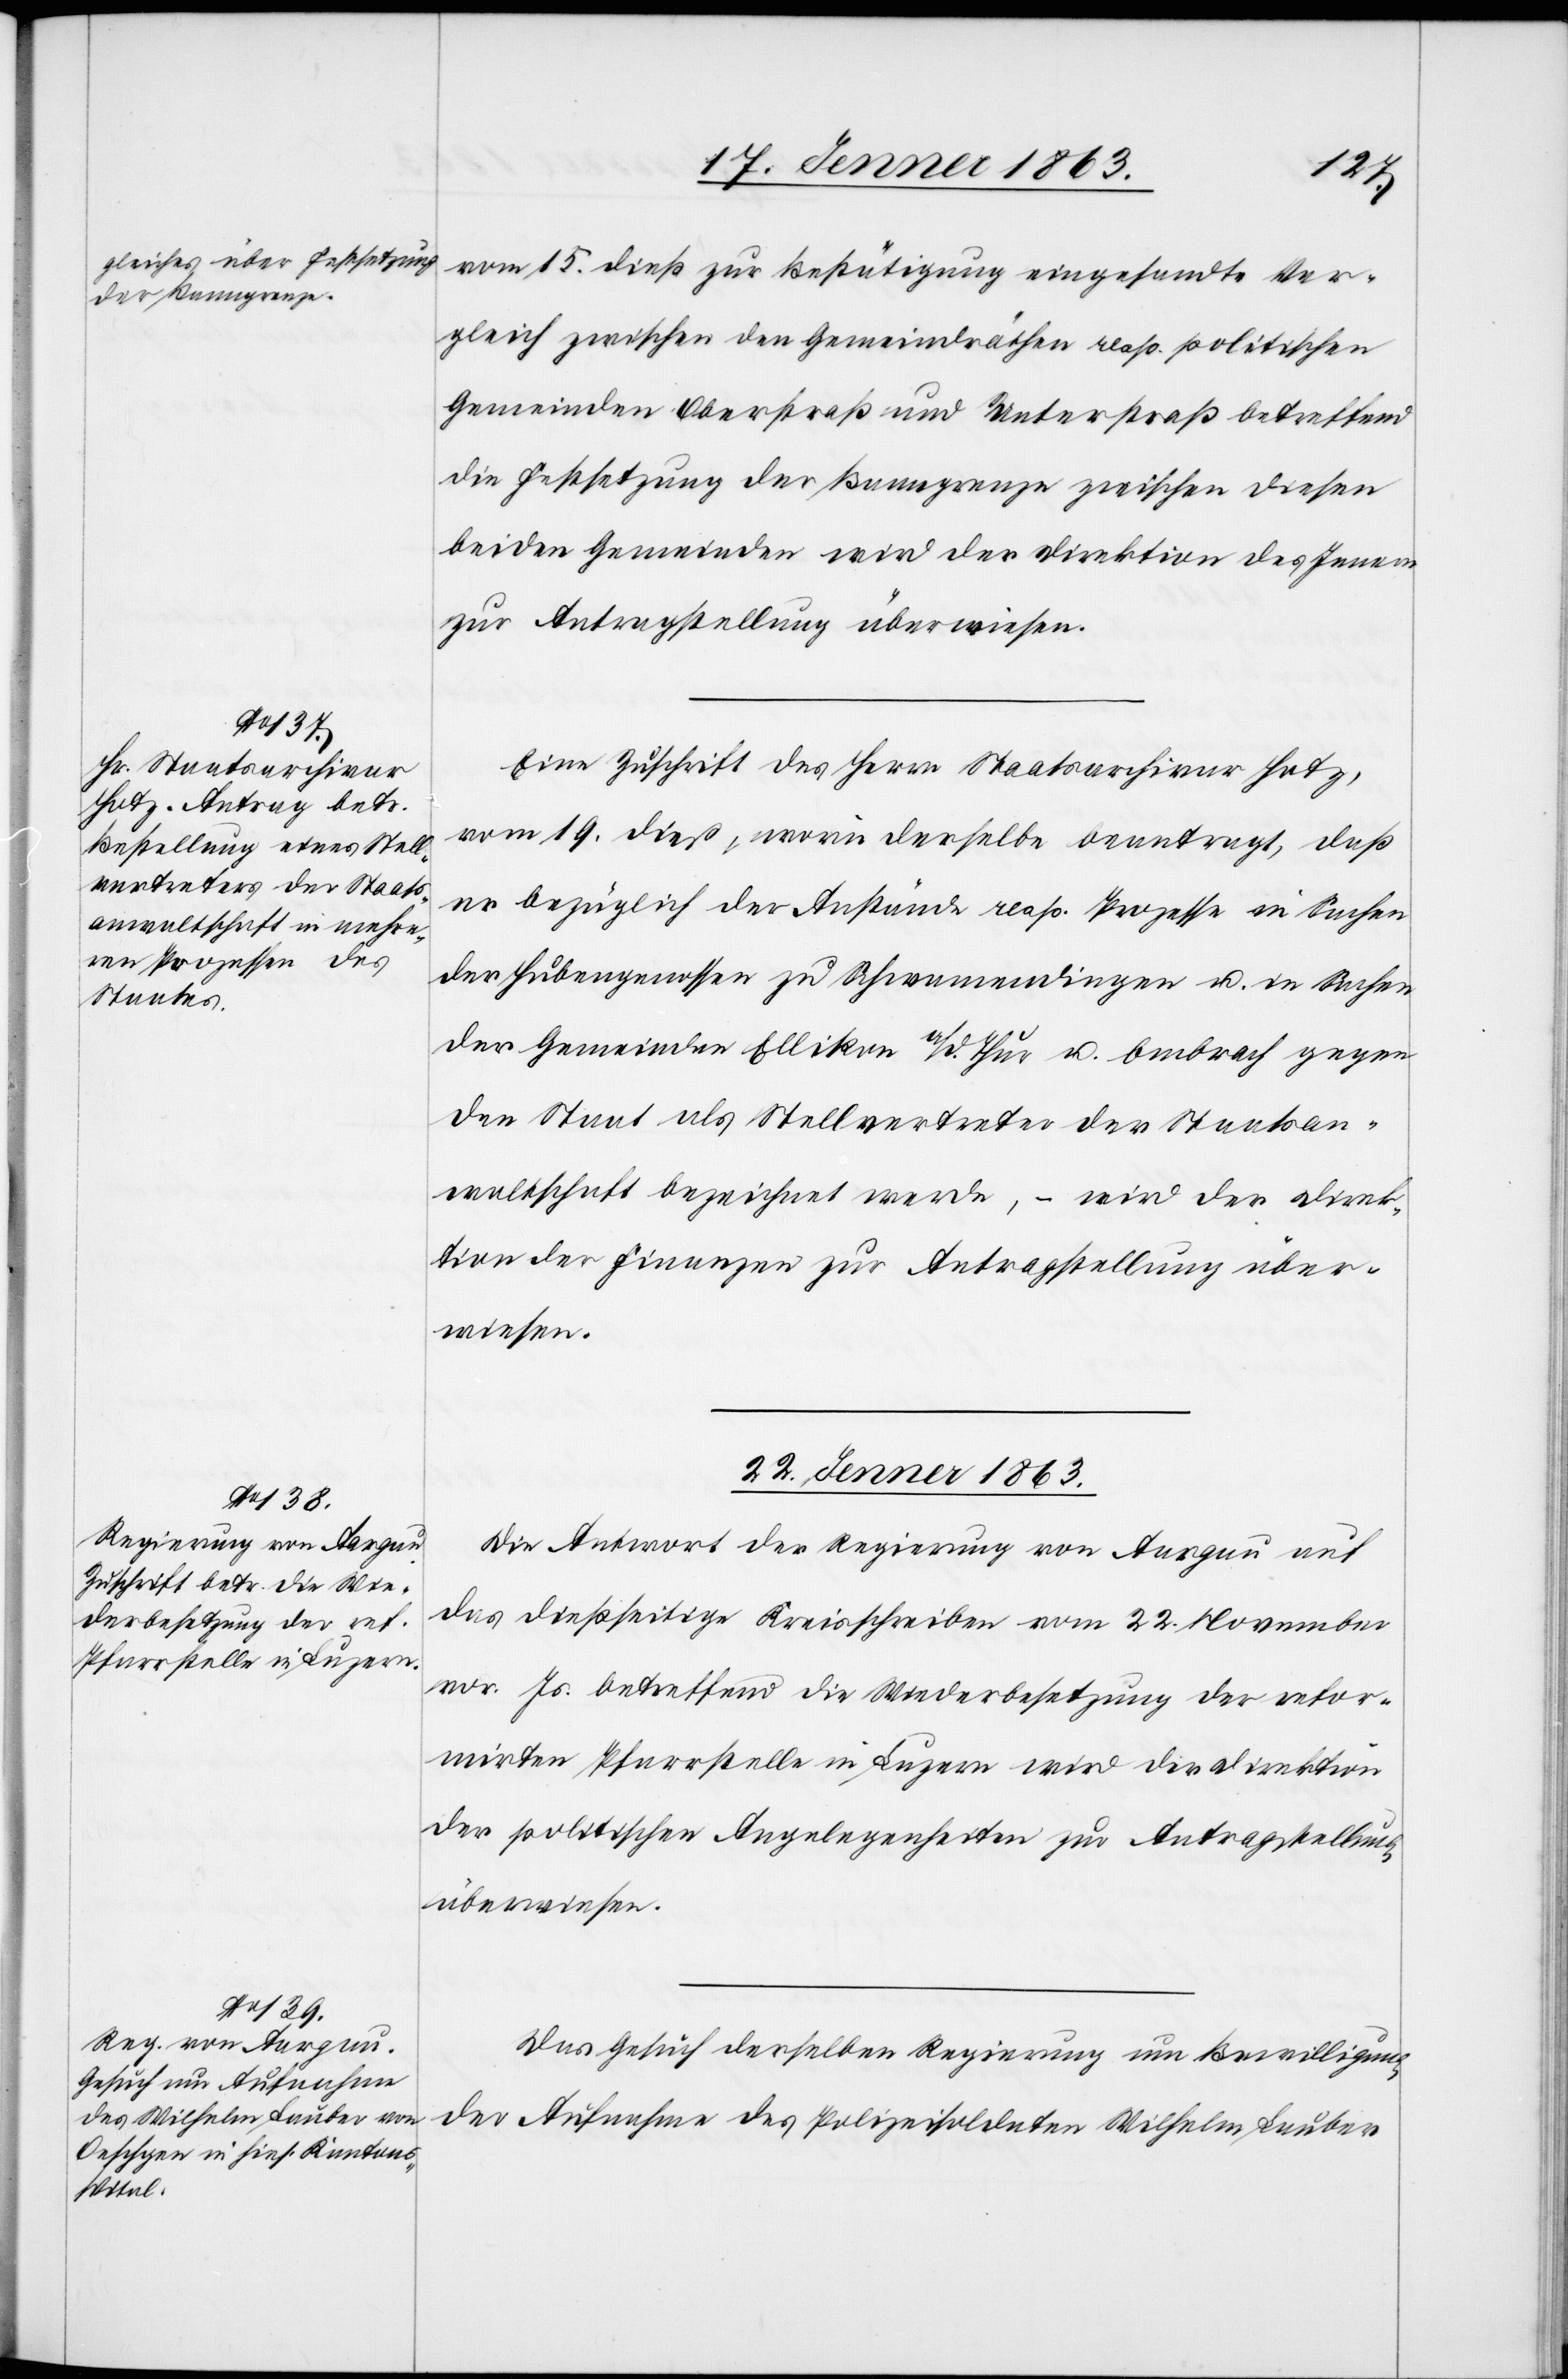
vom 15. dieß zur Bestätigung eingesandte Ver¬
gleich zwischen den Gemeindräthen resp. politischen
Gemeinden Oberstraß und Unterstraß betreffend
die Festsetzung der Baumgrenze zwischen diesen
beiden Gemeinden wird der Direktion des Innern
zur Antragstellung überwiesen.
Eine Zuschrift des Herrn Staatsarchivar Hotz,
vom 19. dieß, worin derselbe beantragt, daß
er bezüglich der Anstände resp. Prozesse in Sachen
der Hubengenossen zu Schwamendingen u. in Sachen
der Gemeinden Ellikon a/d. Thur u. Embrach gegen
den Staat als Stellvertreter der Staatsan¬
waltschaft bezeichnet werde, – wird der Direk¬
tion der Finanzen zur Antragstellung über¬
wiesen.
22. Jenner 1863.]
Die Antwort der Regierung von Aargau auf
das dießseitige Kreisschreiben vom 22. November
vor. Js. betreffend die Wiederbesetzung der refor¬
mirten Pfarrstelle in Luzern wird der Direktion
der politischen Angelegenheiten zur Antragstellung
überwiesen.
Das Gesuch derselben Regierung um Bewilligung
der Aufnahme des Polizeisoldaten Wilhelm Lauber